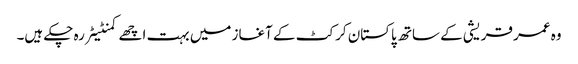
وہ عمر قریشی کے ساتھ پاکستان کرکٹ کے آغاز میں بہت اچھے کمنٹیٹر رہ چکے ہیں۔